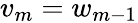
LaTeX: v_{m}=w_{m-1}